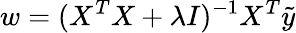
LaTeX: w=(X^{T}X+\lambda I)^{-1}X^{T}\tilde{y}